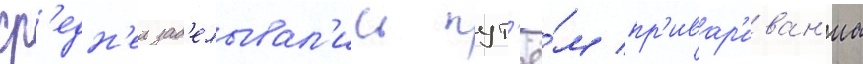
ср'едн'еи зад'елывал'ись пут'ё́м пр'ивар'иван'иа